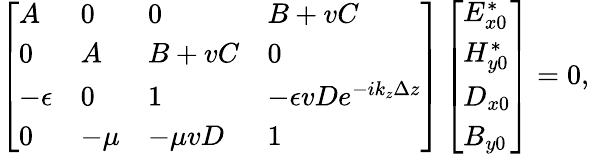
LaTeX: \left[\begin{array}{llll}{A}&{0}&{0}&{B+vC}\\ {0}&{A}&{B+vC}&{0}\\ {-\epsilon}&{0}&{1}&{-\epsilon vDe^{-ik_{z}\Delta z}}\\ {0}&{-\mu}&{-\mu vD}&{1}\end{array}\right]\left[\begin{array}{l}{E_{x0}^{*}}\\ {H_{y0}^{*}}\\ {D_{x0}}\\ {B_{y0}}\end{array}\right]=0,